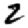
Digit: 2